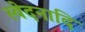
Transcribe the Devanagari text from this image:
स्वेदनादि